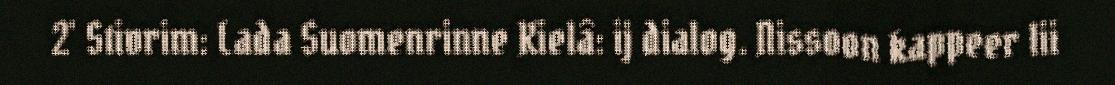
2' Stivrim: Lada Suomenrinne Kielâ: ij dialog. Nissoon kappeer lii